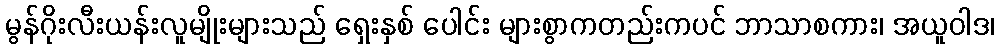
မွန်ဂိုးလီးယန်းလူမျိုးများသည် ရှေးနှစ် ပေါင်း များစွာကတည်းကပင် ဘာသာစကား၊ အယူဝါဒ၊